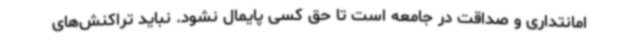
امانتداری و صداقت در جامعه است تا حق کسی پایمال نشود. نباید تراکنش‌های